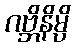
ဂဗ္ဘိနိမ္ပိ